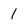
Character: 1